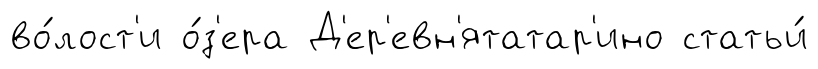
во́лост'и о́з'ера Д'ер'евн'ятатар'ино статьи́